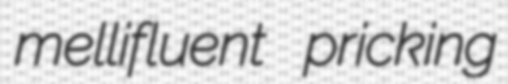
mellifluent pricking